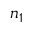
\boldsymbol { n } _ { 1 }